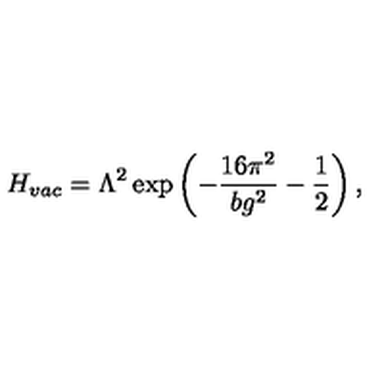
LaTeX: H _ { v a c } = \Lambda ^ { 2 } \exp \left( - \frac { 1 6 \pi ^ { 2 } } { b g ^ { 2 } } - \frac 1 2 \right) ,